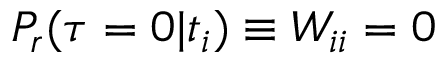
P _ { r } ( \tau = 0 | t _ { i } ) \equiv W _ { i i } = 0